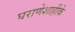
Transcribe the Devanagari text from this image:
घराणेशाहीके